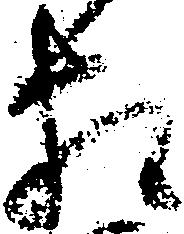
相